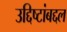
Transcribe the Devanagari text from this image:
उद्दिष्टांबद्दल